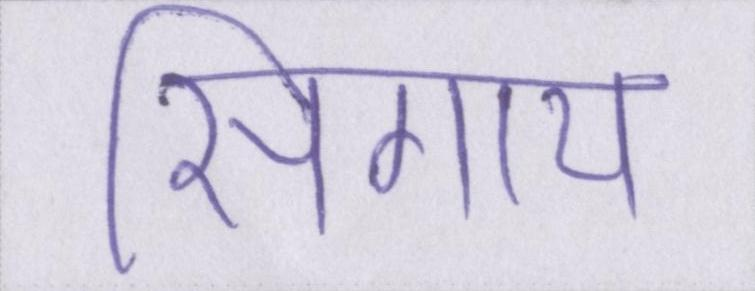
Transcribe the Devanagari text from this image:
सिगाय